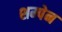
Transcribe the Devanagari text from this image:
शम्पेन